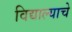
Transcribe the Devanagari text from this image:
विद्याल्याचे